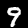
Label: 9